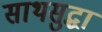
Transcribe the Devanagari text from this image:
साथसुद्धा